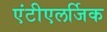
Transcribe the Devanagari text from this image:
एंटीएलर्जिक